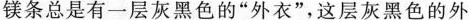
镁条总是有一层灰黑色的”外衣”，这层灰黑色的外